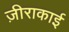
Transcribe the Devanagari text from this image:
ज़ीराकाई